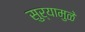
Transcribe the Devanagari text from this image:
सुर्यामुळे